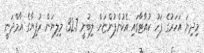
މިދިޔަ އަހަރުގެ ފަހު ކުއާޓާގައި އެކުންފުންޏަށް ލިބުނީ 32.7 މިލިޔަން ރުފިޔާގެ އާމްދަނީ